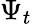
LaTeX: \Psi_{t}